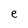
Character: e